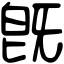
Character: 旣